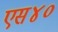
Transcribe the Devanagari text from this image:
एस४०